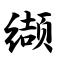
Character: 缬